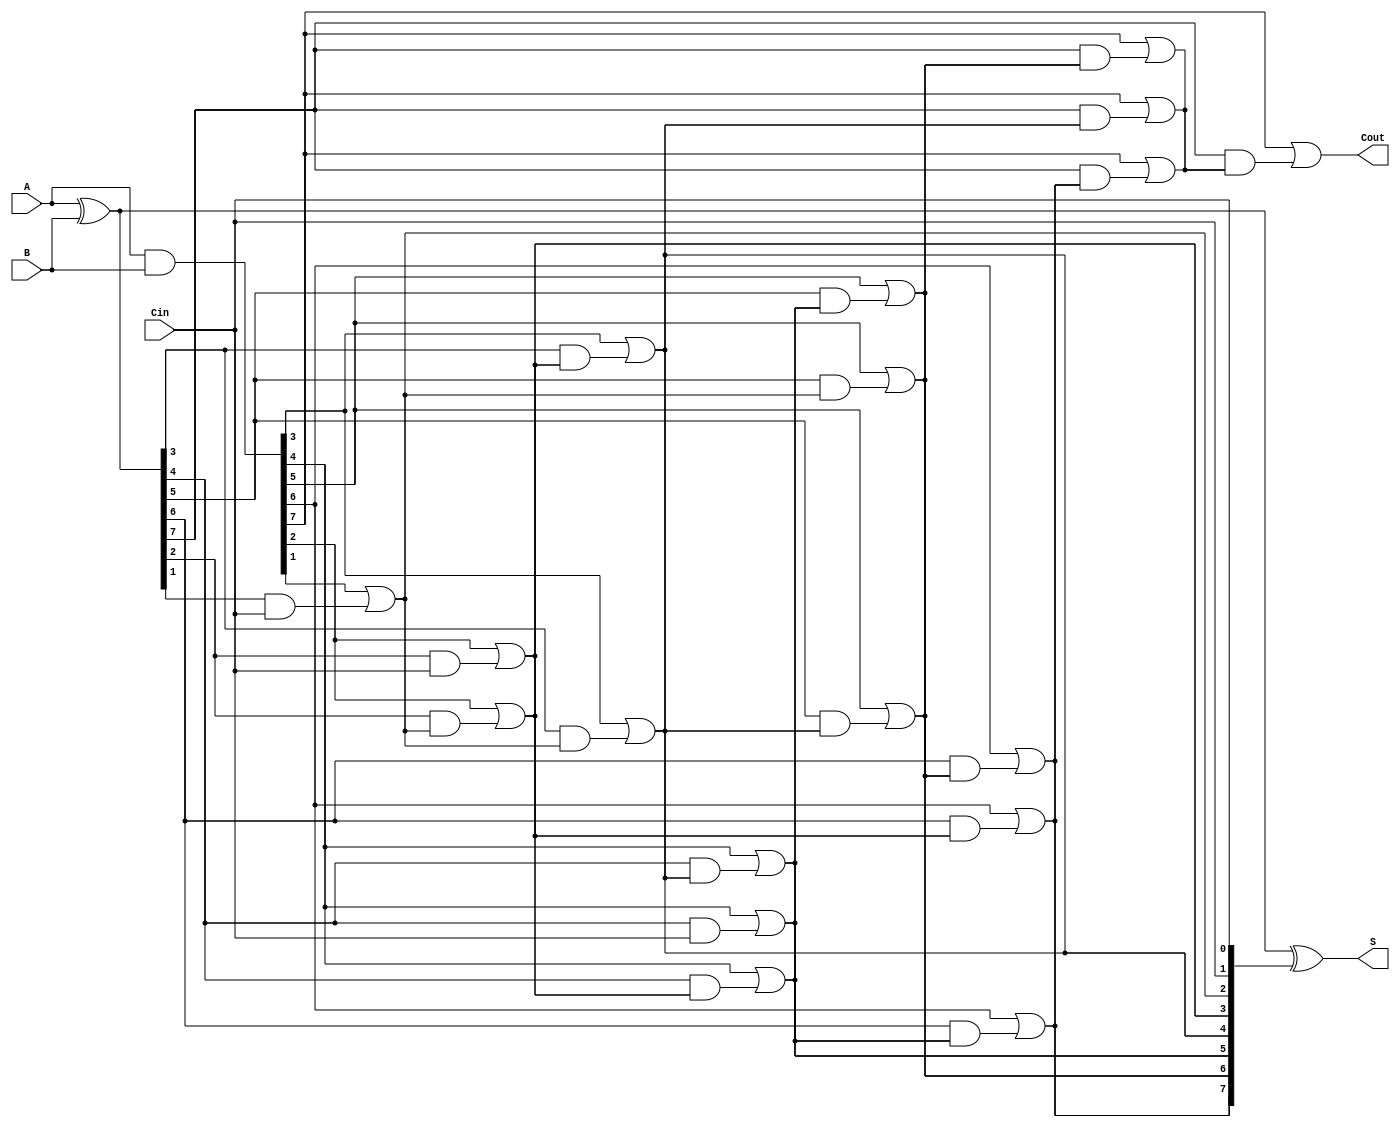
module KoggeStoneAdder #(parameter n = 8) (
    input  [n-1:0] A,      // First n-bit input
    input  [n-1:0] B,      // Second n-bit input
    input          Cin,     // Carry-in
    output [n-1:0] S,      // n-bit sum output
    output         Cout     // Carry-out
);

    // Generate and Propagate signals
    wire [n-1:0] G; // Generate
    wire [n-1:0] P; // Propagate
    wire [n-1:0] C; // Carry

    assign G = A & B;        // Generate
    assign P = A ^ B;        // Propagate

    // Stage 0: Initial carry
    assign C[0] = Cin;

    // Compute carries for each stage
    genvar i, j, stage;
    generate
        for (stage = 0; stage < $clog2(n); stage = stage + 1) begin : carry_stage
            for (i = 0; i < n; i = i + 1) begin : carry_gen
                if (i >= (1 << stage)) begin
                    assign C[i] = G[i] | (P[i] & C[i - (1 << stage)]);
                end
            end
        end
    endgenerate

    // Compute sum bits
    assign S = P ^ {C[n-2:0], Cin}; // Sum calculation

    // Final carry-out
    assign Cout = G[n-1] | (P[n-1] & C[n-1]);

endmodule